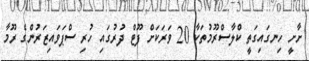
ށާށީ ހިނގައިގަތީ ކްލާސްރޫމުތަކާ 20 ވަރަކަށް ފޫޓް ދުރުގައި ހުރި ސްޕަވައިޒަރުންގެ ރޫމާ